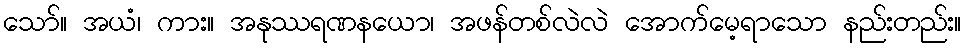
သော်။ အယံ၊ ကား။ အနုဿရဏနယော၊ အဖန်တစ်လဲလဲ အောက်မေ့ရာသော နည်းတည်း။